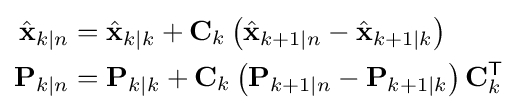
{\begin{aligned}{\hat {\mathbf {x} }}_{k\mid n}&={\hat {\mathbf {x} }}_{k\mid k}+\mathbf {C} _{k}\left({\hat {\mathbf {x} }}_{k+1\mid n}-{\hat {\mathbf {x} }}_{k+1\mid k}\right)\\\mathbf {P} _{k\mid n}&=\mathbf {P} _{k\mid k}+\mathbf {C} _{k}\left(\mathbf {P} _{k+1\mid n}-\mathbf {P} _{k+1\mid k}\right)\mathbf {C} _{k}^{\textsf {T}}\end{aligned}}